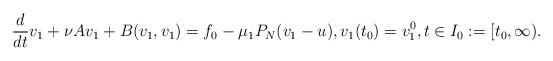
LaTeX: \begin{align*} \frac{d}{dt}v_1+\nu Av_1+B(v_1,v_1)=f_0-\mu_1 P_N(v_1-u),v_1(t_0)=v_1^0,t\in I_0:=[t_0,\infty). \end{align*}